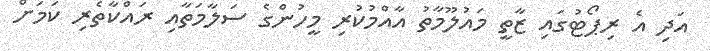
އަދި އެ ރިޕޯޓުގައި ޒާތީ މައުލޫމާތު އާއްމުކުރި މީހުންގެ ސަލާމަތާއި ރައްކާތެރި ކަމަށް